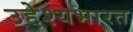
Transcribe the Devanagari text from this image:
उद्देश्यभारत